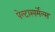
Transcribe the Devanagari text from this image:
पेल्टास्पर्मेल्स